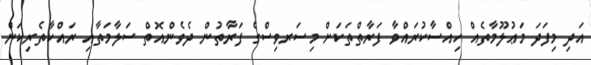
އަދި މިފަދަ މަޢުލޫމާތެއް ހިއްސާކުރައްވާ ފަރާތްތަކަށް މިސަރވިސްގެ ފަރާތުން ދެވެންއޮތް ސަލާމަތާއި ރައްކާތެރިކަން